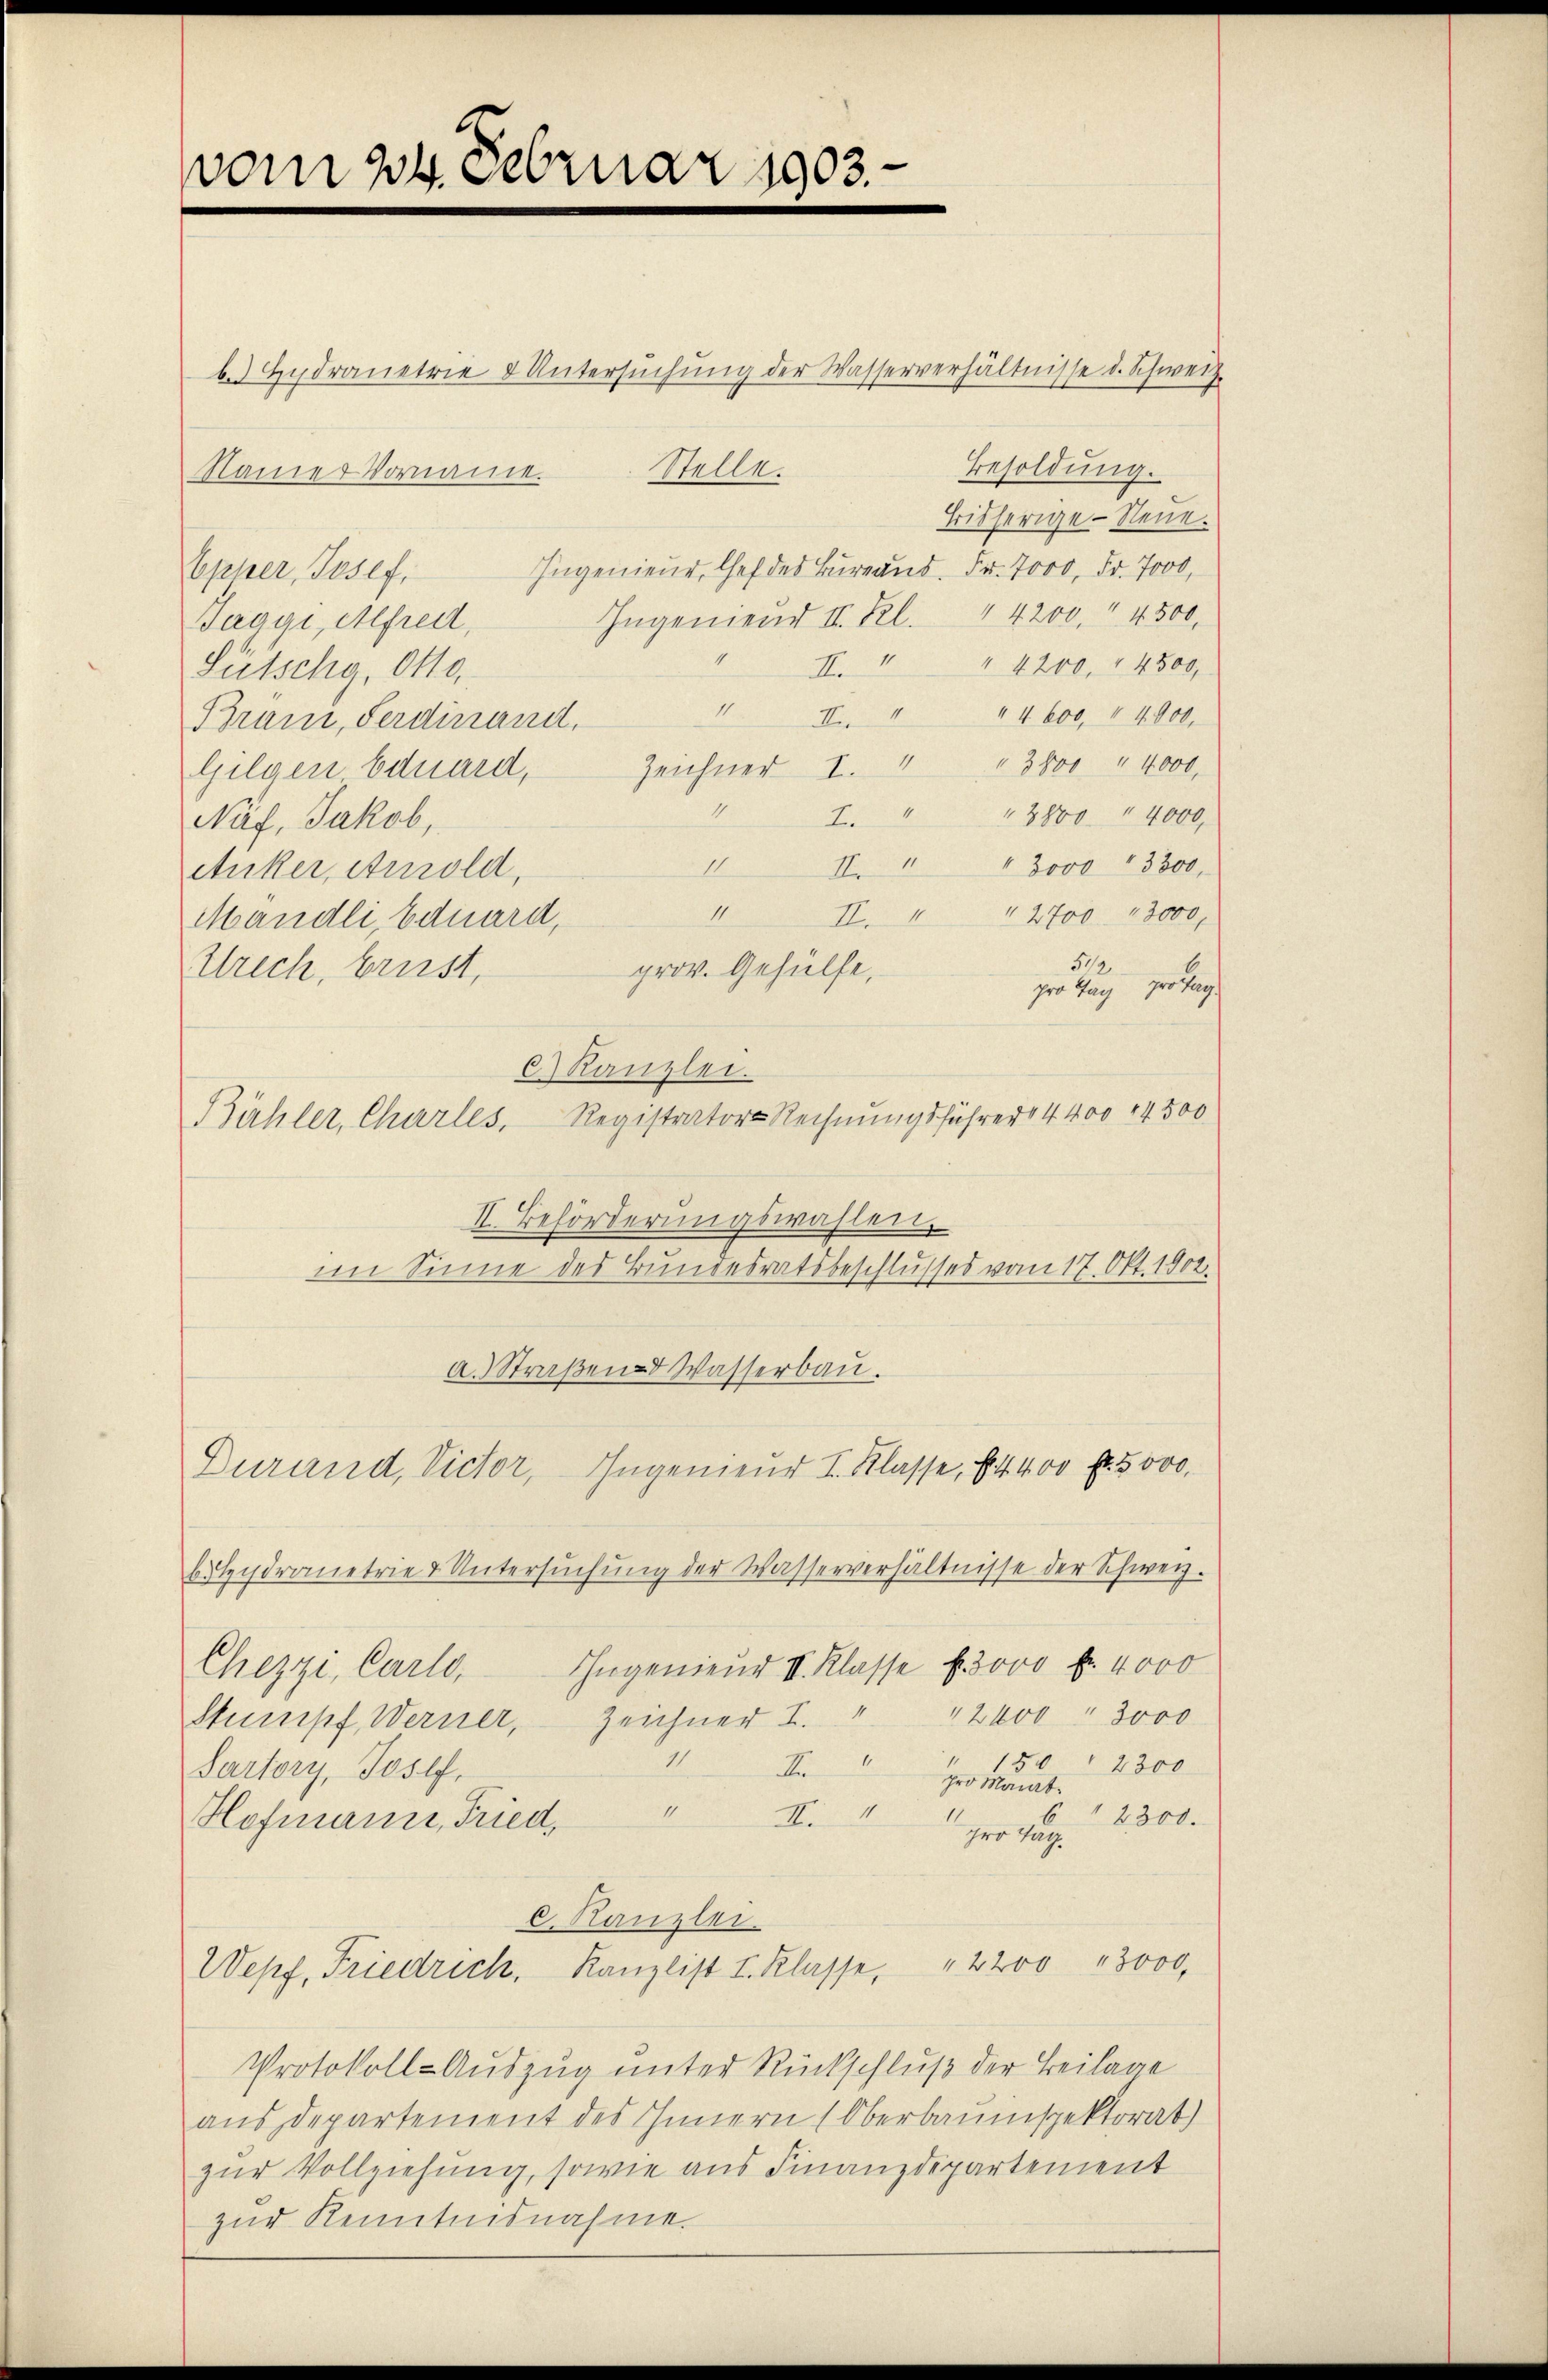
vom 24. Februar 1903.

b. Hydranetrie & Untersŭchŭng der Wasserverhältnisse d. Schweiz.
Besoldung.
Stelle.
Namier Vorname.
Bisherige - Neue.
Ingenieur, Chef des Bureaus. Fr. 7000 Fr. 7000,
bpher, Josef,
Ingenend III. Kl. 4200. 4500,
Taggi, Alfred,
1
II. " " 4200. r 4500,
Lütschg, 00.
II.
II.1 44 600, 44000.
Bram, Ferdinand,
Zeichner I. 1 " 3800 " 4000.
Gilgen Eduard,
I.
" 2800 " 4000
I
Näf, Jakob,
II
II. " " 3000 " 3300,
Anker, Aurold,
11.
" 2700. 43000
II.1
Mändli, Eduard,
512
prov. Gehülfe,
Strich, brust,
pro Tag pro Tag.
C Kanzlei.
Bähler, Charles, Registrator Rechnungsführer 4400 4500
II. Beförderungswahlen.
im Sinne des Bundesratsbeschlusses vom 17. Okt. 1902.
a. Straßen Wasserbau.
Durand, Victor, Ingenieur I. Klasse, § 4400 fr. 5000.
behydranetrie & Untersŭchŭng der Wasserverhältnisse der Schweiz.
Chezzi, Carlo, Ingenieŭr II. Klasse f. 3000 f. 4000
2400 " 3000
Zeichner L.
Stumpf, Werner,
11
150 " 2300
Fr
Sartory, Josef,
pro Marat.
14
II.1
2300.
Hofmann, Fried,
her Tag
c. Kanzlei.
Wepf, Friedrich, Kanzlist I. Klasse, 2200 " 3000.
Protokoll-Auszug unter Rückschluß der Beilage
aus Departement des Innern (Oberbauinspektorat)
zur Vollziehung, sowie aus Finanzdepartement
zur Kenntnisnahme